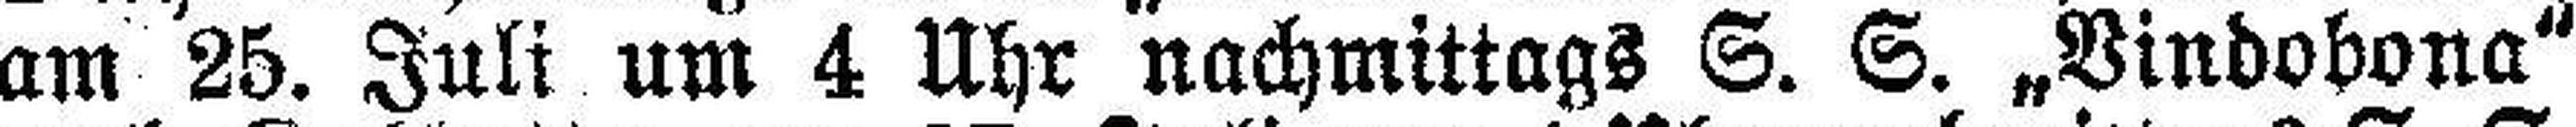
am 25. Juli um 4 Uhr nachmittags S. S. „Vindobona"